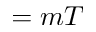
= m T